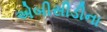
એબીસીડીના